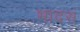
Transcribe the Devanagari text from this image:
भादसं